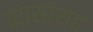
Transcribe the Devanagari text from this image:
व्यासांसह